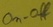
Text: On-off